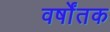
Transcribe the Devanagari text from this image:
वर्षोंतक